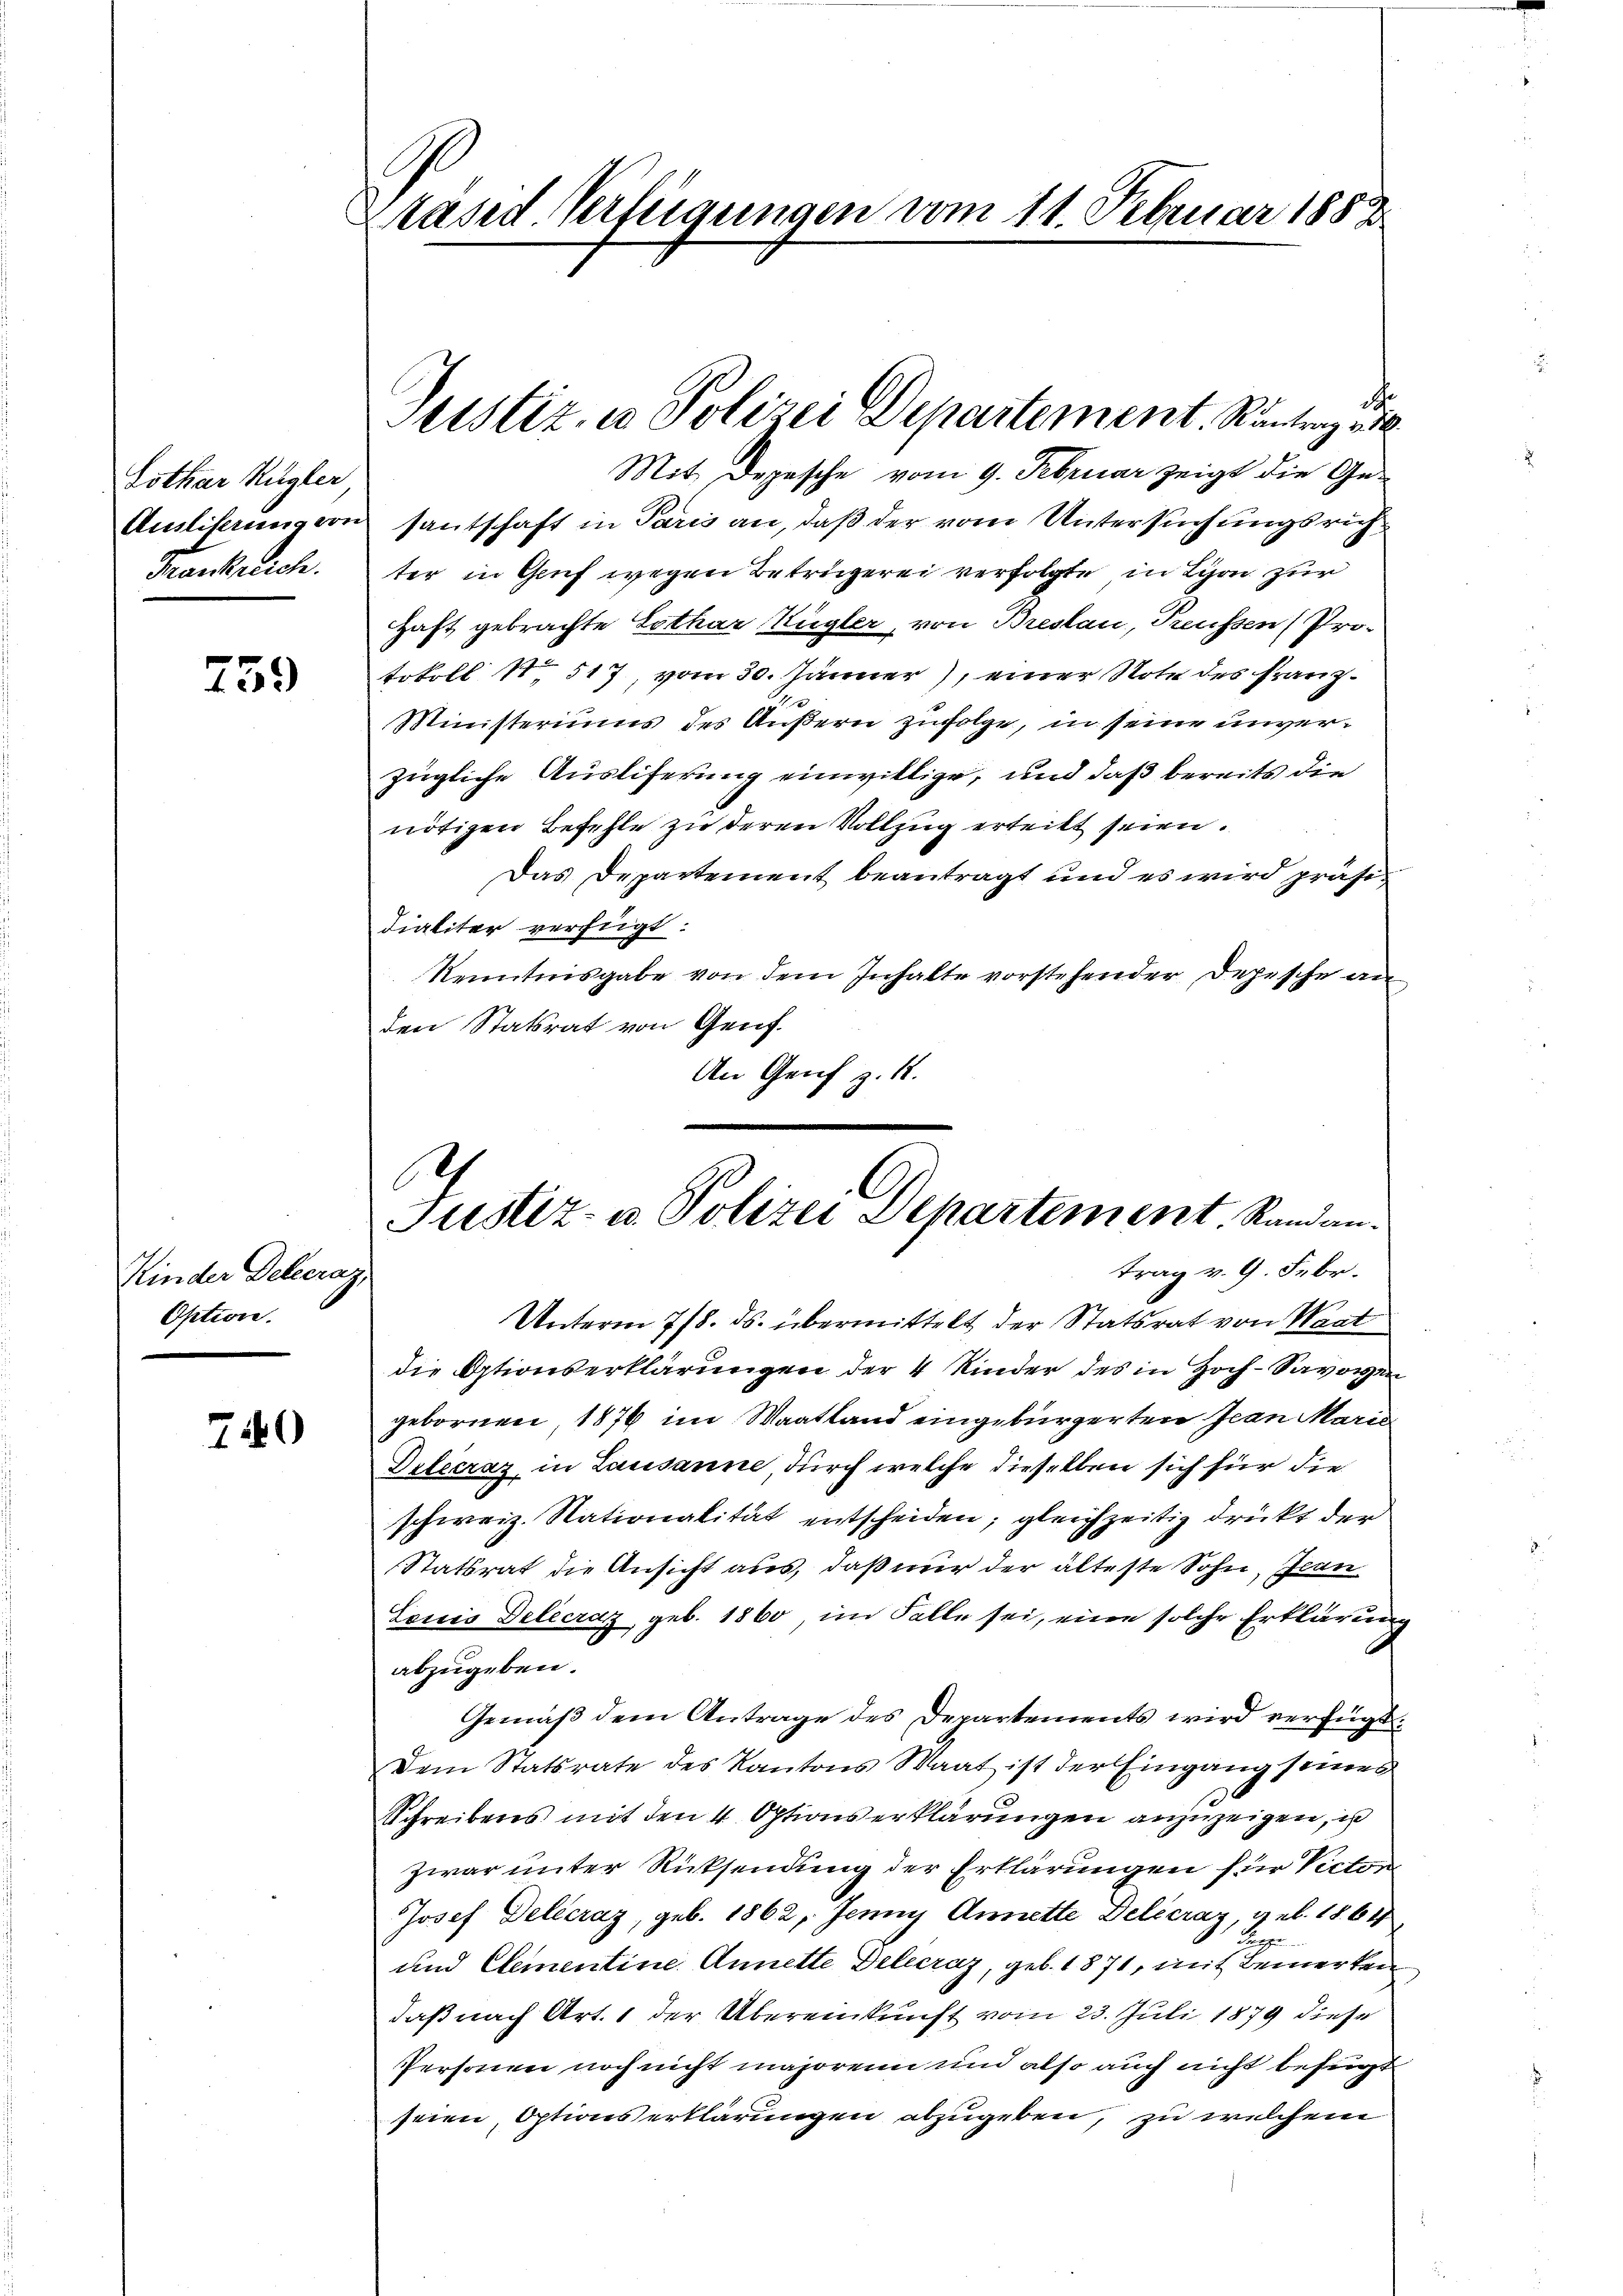
Lothur Kugler
Ausliserung von
Frankreich.

759

Kinder Delecraz,
Option.

740

Präsid. Verfügungen vom 11. Februar 1883

C

ustiz, in Polizei Departement. Kantrag ei

Mit. Depesche vom 9. Februar zeigt die Gesautschaft in Paris an, daß der vom Untersuchungsrichter in Genf wegen Betrügerei verfolgte in Lyon zur
Haft gebrachte Lothar Kugler, von Breslau, Preussen (Pro-
tokoll No 517, vom 30. Jänner), einer Note des Franz¬
Ministeriums des Äußern zufolge, in seine unverzügliche Ausliferung einwillige, und daß bereits die
nötigen Befehle zu deren Vollzug erteilt seien.
Das Departement beantragt und es wird präses
dialiter verfügt:
Kenntnisgabe von dem Inhalte vorstehender Depesche an
den Statsrat von Genf.
An Genf z. B.
Unterm 7/8. ds. übermittelt der Statsrat von Waat
die Optionserklärungen der 4 Kinder des in Hoch-Savoyen
gebornen, 1876 im Maatland eingebürgerten Jean Maris
Detecraz in Lausanne durch welche dieselben sich für die
schweiz. Stationalität entscheiden; gleichzeitig drückt der
Statsrat die Ansicht aus, daß nur der älteste Sohn, Jean
Lonis Delecraz, geb. 1860, im Falle sei, eine solche Erklärung
abzugeben.
Gemäß dem Antrage des Departements wird verfügt:
Dem Statsrate des Kantons Waat ist der Eingang seines
Schreibens mit den 4 Optionserklärungen anzuzeigen, is
zwar unter Rücksendung der Erklärungen für Victor
Josef Delecraz, geb. 1862, Jenny Annette Delécraz, geb. 1864
.
und Clementine Annette Delecraz, geb. 1871, mit Bemerken
daß nach Art. 1 der Übereinkunft vom 23. Juli 1879 diese
Personen noch nicht majorenn und also auch nicht befugt
seien, Options erklärungen abzugeben, zu welchem

e
Justiz- u. Polizei Departement. Randau.
trag v. 9. Febr.